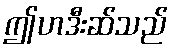
ဤဟဒီးဆ်သည်